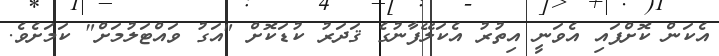
އެކަން ކޮށްފައި އެވަނީ އިތުރު އެކަލޭފާނުގެ ޤަދަރު ކުޑަކޮށް "އަގު ވައްޓަލުމަށް" ކަމަށެވެ.